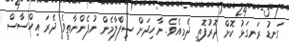
ގަނޑު ރަނގަޅު ކޮށް ދޮރުފޮތި ދެމިއެވެ. ނާހިދަށް ސިފްލާމެން ނުފެންނާތީވެ ދެރަ އިހްސާސް